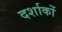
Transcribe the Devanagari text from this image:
दर्शाकों